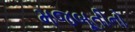
મજબૂતીનો